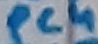
Text: PC4